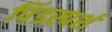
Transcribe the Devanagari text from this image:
पिंडस्पर्श